Bréfritari: Jakobína Jónsdóttir
Viðtakandi: Sólveig Jónsdóttir
Dagsetning: A-1870-03-31
Skrifað á: Hólmum  S-Múl.
systir bréfviðtakanda

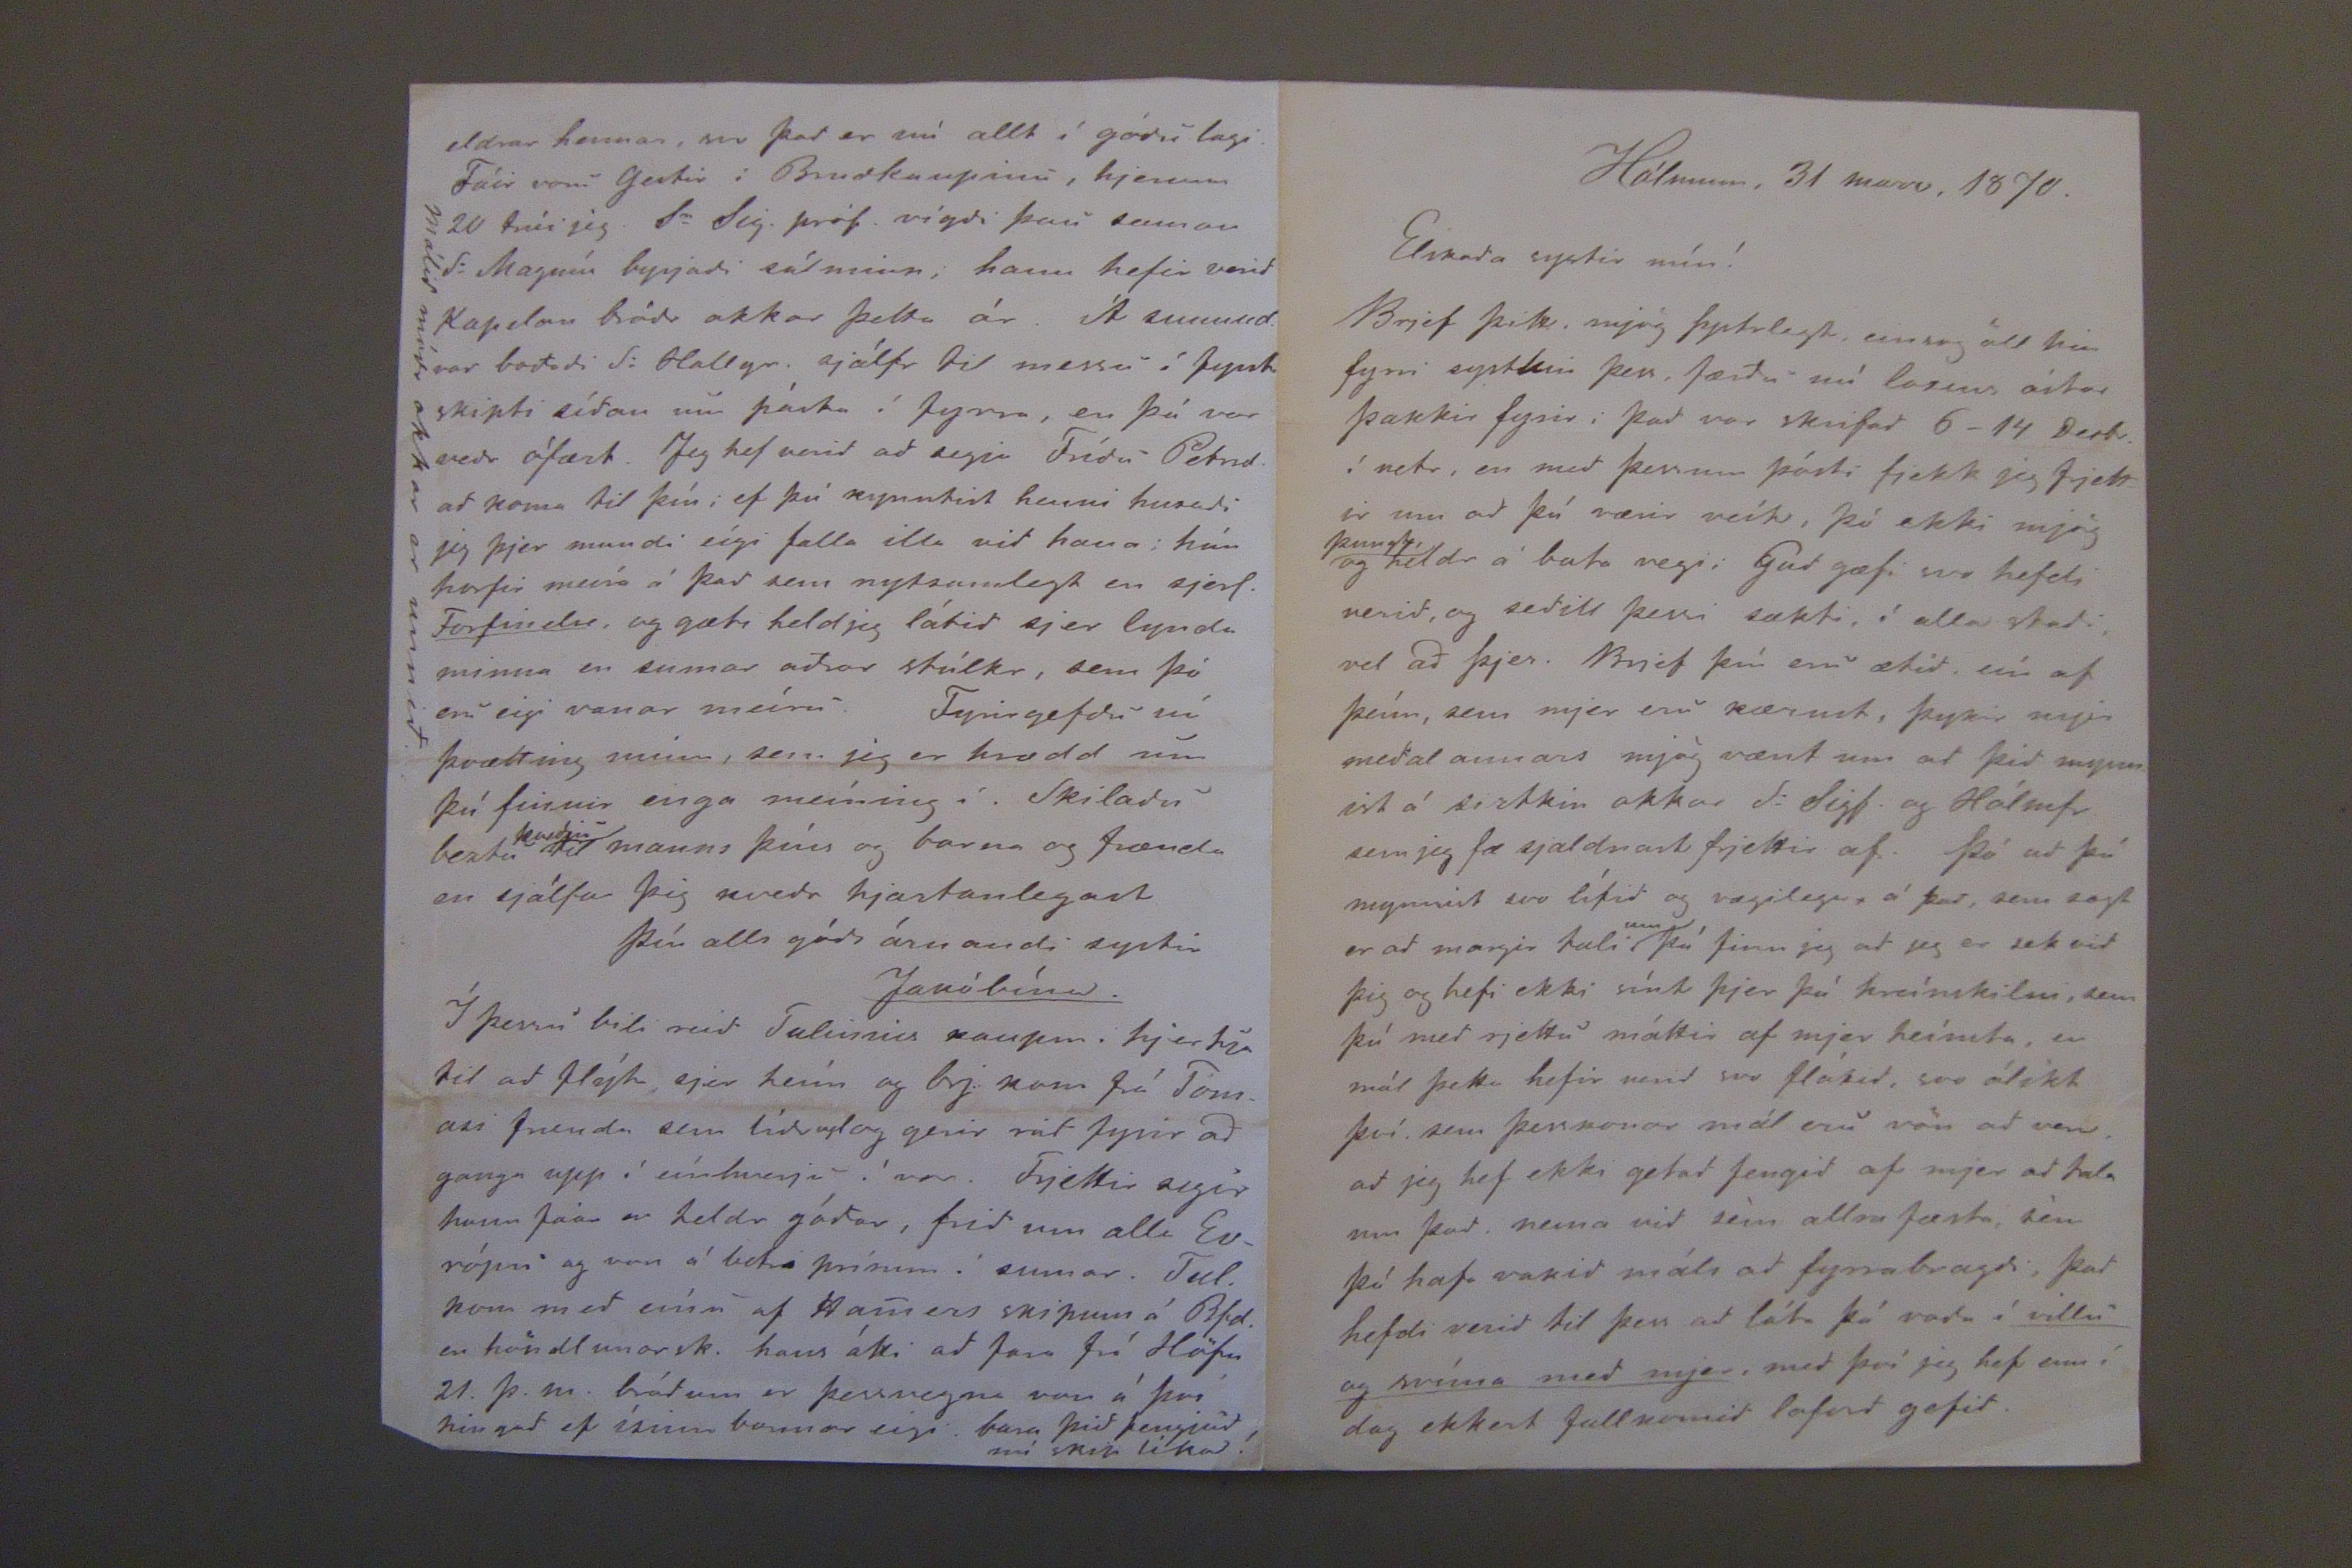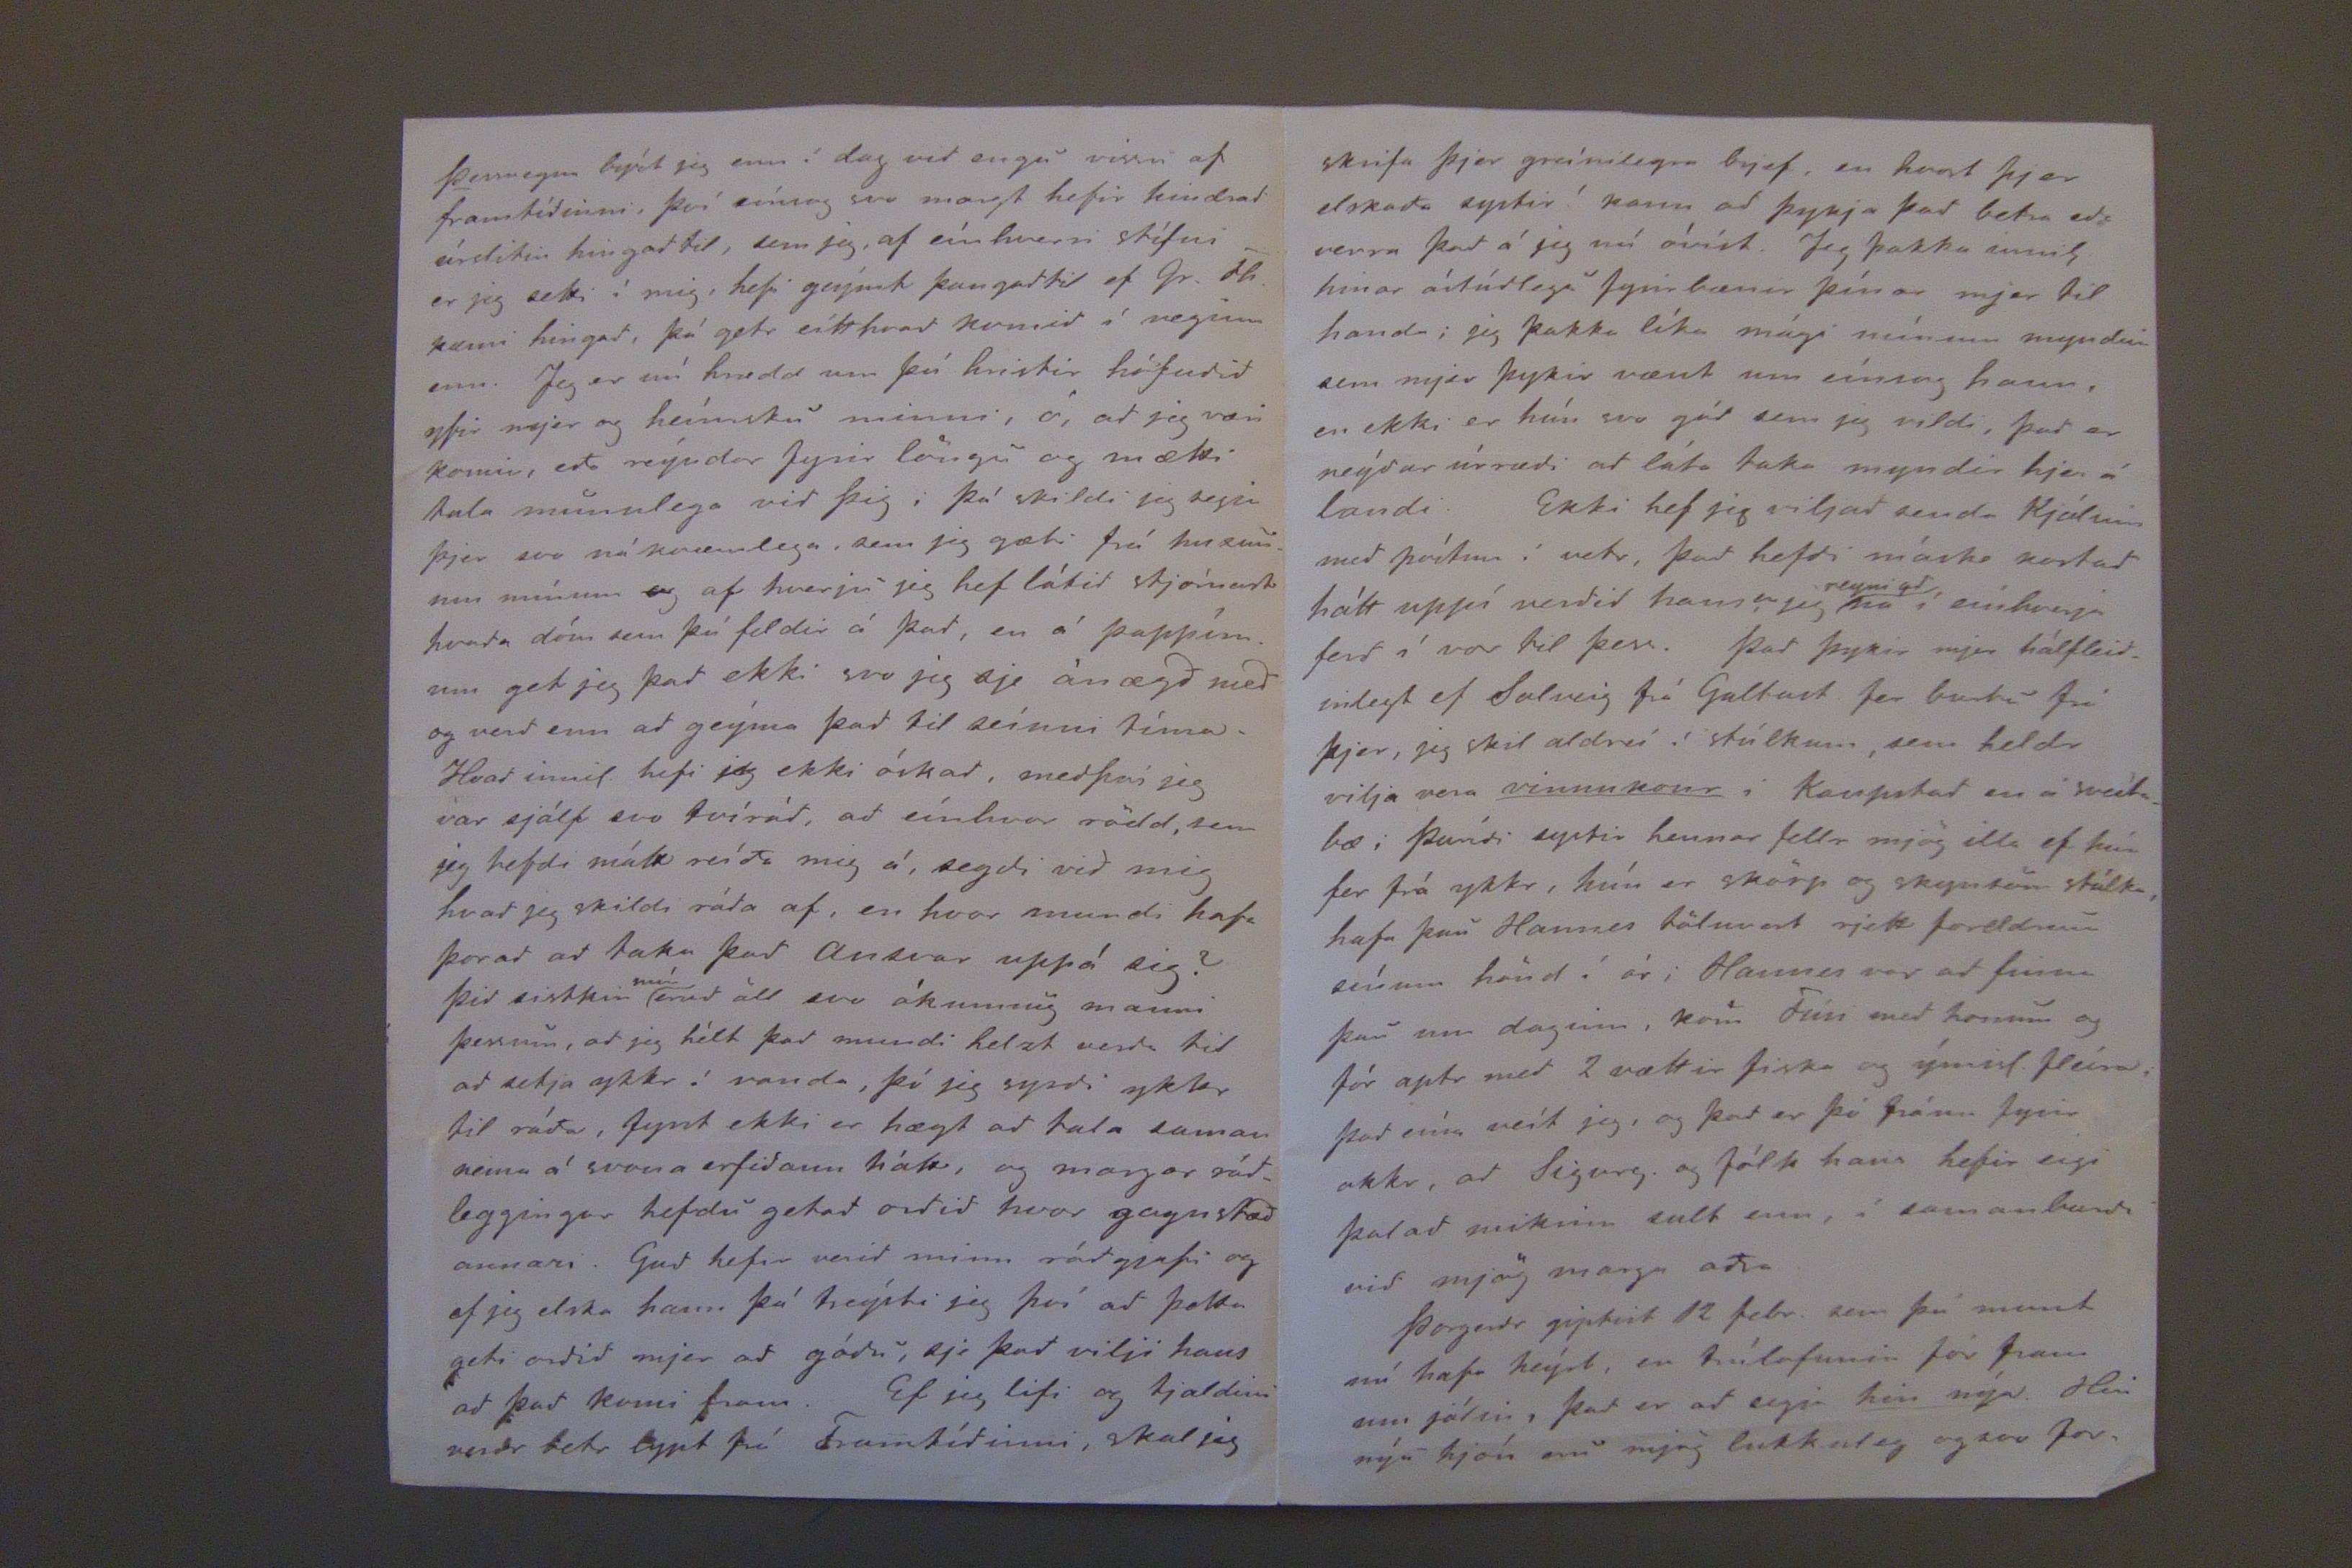

Hólmum, 31 marz, 1870.
Elskada systir mín!
Brjef þitt mjög Systrlegt, einsog öll hin fyrri systkin þess, færdu nú loxins ástar þakkir fyrir i þad var skrifad 6-14 Desbr. í vetr, en med þessum pósti fjekk jeg frjettir um ad þú værir veík, þó ekki mjög
þungt
og heldr á bata vegi, Gud gæfi svo hefdi verid, og sedill þessi sækti, í alla stadi vel ad þjer. Brjef þín eru ætid eín af þeím, sem mjer eru kærust, þykir mjer medal annars mjög vænt um ad þid mynnist á siztkin okkar Sr Sigf. og Hólmfr. sem jeg fæ sjaldnast frjettir af. Þó ad þú mynnist svo lítid og vægilega á þad, sem sagt er ad margir tali
um
þó finn jeg ad jeg er sek vid þig og hefi ekki sínt þjer þá hreínskilni, sem þú med rjettu máttir af mjer heímta, en mál þetta hefir verid svo flókid, svo ólíkt því sem þesskonar mál eru vön ad vera, ad jeg hef ekki getad fengid af mjer ad tala um þad, nema vid sem allra fæsta, sem þó hafa vakid máls ad fyrrabragdi, þad hefdi verid til þess ad láta þá vada í
villu og svíma med mjer
, med því jeg hef enn í dag ekkert fullkomid loford gefid.
Þessvegna brýt jeg enn í dag vid engu vissu af framtídinni, því eínsog svo margt hefir hindrad úrslitin hingad til, sem jeg, af eínhverri stífni er jeg setti í mig, hefi geýmt þangad til ef Gr. Th. kæmi hingad, þá getr eítthvad komid í veginn enn. Jeg er nú hrædd um þú hristir höfudid yfir mjer og heímsku minni, ó, ad jeg væri komin, eda reýndar fyrir löngu og mætti tala munnlega vid þig; þá skildi jeg segja þjer svo nákvæmlega, sem jeg gæti frá huxunum mínum og af hverju jeg hef látid stjórnast hvada dóm sem þú feldir á þad, en á pappírnum get jeg þad ekki svo jeg sje ánægd med og verd enn ad geýma þad til seínni tíma. Hvad innil. hefi jeg ekki óskad, medþví jeg var sjálf svo tvírád, ad eínhver rödd, sem jeg hefdi mátt reída mig á, segdi vid mig hvad jeg skildi ráda af, en hvar mundi hafa þorad ad taka þad ansvar uppá sig? Þid sistkin
mín
erud öll svo ókunnug manni þessum, ad jeg hélt þad mundi helzt verda til ad setja ykkr í vanda, þó jeg syrdi ykkr til ráda, fyrst ekki er hægt ad tala saman nema á svona erfidann hátt, og margar rádleggingar hefdu getad ordid hvor gagnstæd annars. Gud hefir verid minn rádgjafi og ef jeg elska hann þá treýsti jeg því ad þetta geti ordid mjer ad gódu, sje þad vilji hans ad þad komi fram. Ef jeg lifi og tjaldinu verdr betr lypt frá Framtídinni, skal jeg
eldrar hennar, svo þad er nú allt í gódu lagi. Fáir voru gestir í Brudkaupinu, hjerum 20 trúi jeg. Sr Sig. próf. vígdi þau saman Sr Magnús byrjadi sálminn; hann hefir verid Kapilan bródr okkar þetta ár. Á sunnud. var bodid Sr Hallgr. sjálfr til messu í fyrst skipti sídan um páska í fyrra, en þá var vedr ófært. Jeg hef verid ad segja Frídu Petrsd. ad koma til þín; ef þú kynntist henni huxadi jeg þjer mundi eígi falla illa vid hana; hún horfir meíra á þad sem nytsamlegt er sjerl.
ForSindur
, og gæti held jeg látid sjer lynda minna en sumar adrar stúlkr, sem þó eru eigi vanar meíru. Fyrirgefdu nú þvætting minn, sem jeg er hrædd um þú finnir enga meíning í. Skiladu beztu
kvedju
til manns þíns og barna og frænda en sjálfa þig kvedr hjartanlegast þín alls góds óskandi systir
Jakóbína.
Í þessu bili reid Talinius kaupm. hjer hja til ad flýta sjer heim og brj. kom frá Tómasi frænda sem lídr vel og gerir rád fyrir ad ganga upp í eínhverju í vor. Frjettir segir hann fáar en heldr gódar, frid um alla Evrópu og von á betri prínum í sumar. Tul. kom med eína af Hamers skipum á Bfd. en höndlunarsk. hans átti ad fara frá Höfn 21. þ.m. brádum er þessvegna von á því hingad ef ísinn bannar eigi. bara þid fengjud nú skip líka!
Málid módr okkar er unnid.
skrifa þjer greínilegra brjef, en hvort þjer elskada systir! kann ad þykja þad betra eda verra þad á jeg nú óvist. Jeg þakka innil. hinar ástúdlegu fyrir bænir þínar mjer til handa; jeg þakka líka mági mínum myndina sem mjer þykir vænt um eínsog hann, en ekki er hún svo gód sem jeg vildi, þad er neýdar úrrædi ad láta taka myndir hjer á landi. Ekki hef jeg viljad senda Kjólin med póstinn í vetr, þad hefdi máske kostad hátt uppí verdid hann er jeg
reyni ad
ná í einhverja ferd í vor til þess. Þad þykir mjer hálfleidinlegt ef Solveig frá Gulfast fer burtu frá þjer, jeg skil aldrei í stúlkum, sem heldr vilja vera
vinnkonr
i Kaupstad en á sveítabæ; Þurídi systir hennar fellr mjög illa ef hún fer frá ykkr, hún er skörp og skynsöm stúlka, hafa þau Hannes töluvert rjett foreldrum sínum hönd í ár; Hannes var ad Sinna þau um daginn, kom Fúsi med honum og fór aptr med 2 vættir fiska og ýmisl. fleíra, þad eína veít jeg, og þad er þó
fáum
fyrir okkr, ad Sigurg. og fólk hans hefir eigi þolad mikinn sult enn, í samanburdi vid mjög marga adra.
Þorgerdr giptist 12 febr. sem þú munt nú hafa heýrt, en trúlofunin fór fram um jólin, þad er ad segja
hin nýa
. Hin nýu hjón eru mjög lukkuleg og svo for-